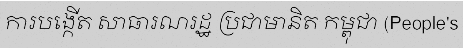
ការបង្កើត សាធារណរដ្ឋ ប្រជាមានិត កម្ពុជា (People's